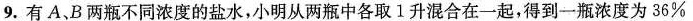
9.有A、B两瓶不同浓度的盐水，小明从两瓶中各取1升混合在一起，得到一瓶浓度为36%